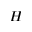
H